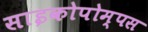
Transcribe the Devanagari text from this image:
साइकोपोम्पस